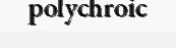
polychroic